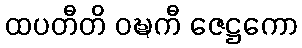
ထပတီတိ ဝဍ္ဎကီ ဇေဋ္ဌကော